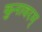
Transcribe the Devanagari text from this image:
कुनावरम्